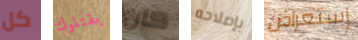
كل يقتلوك كان بإصلاحه إستعراض